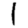
Digit: 1